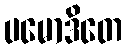
ပမောဒိတေ